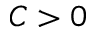
C > 0